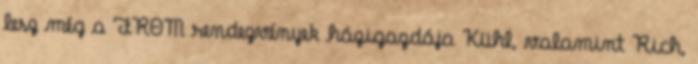
lesz még a FROM rendezvények házigazdája Kühl, valamint Rich,